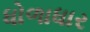
ધોળાધાર